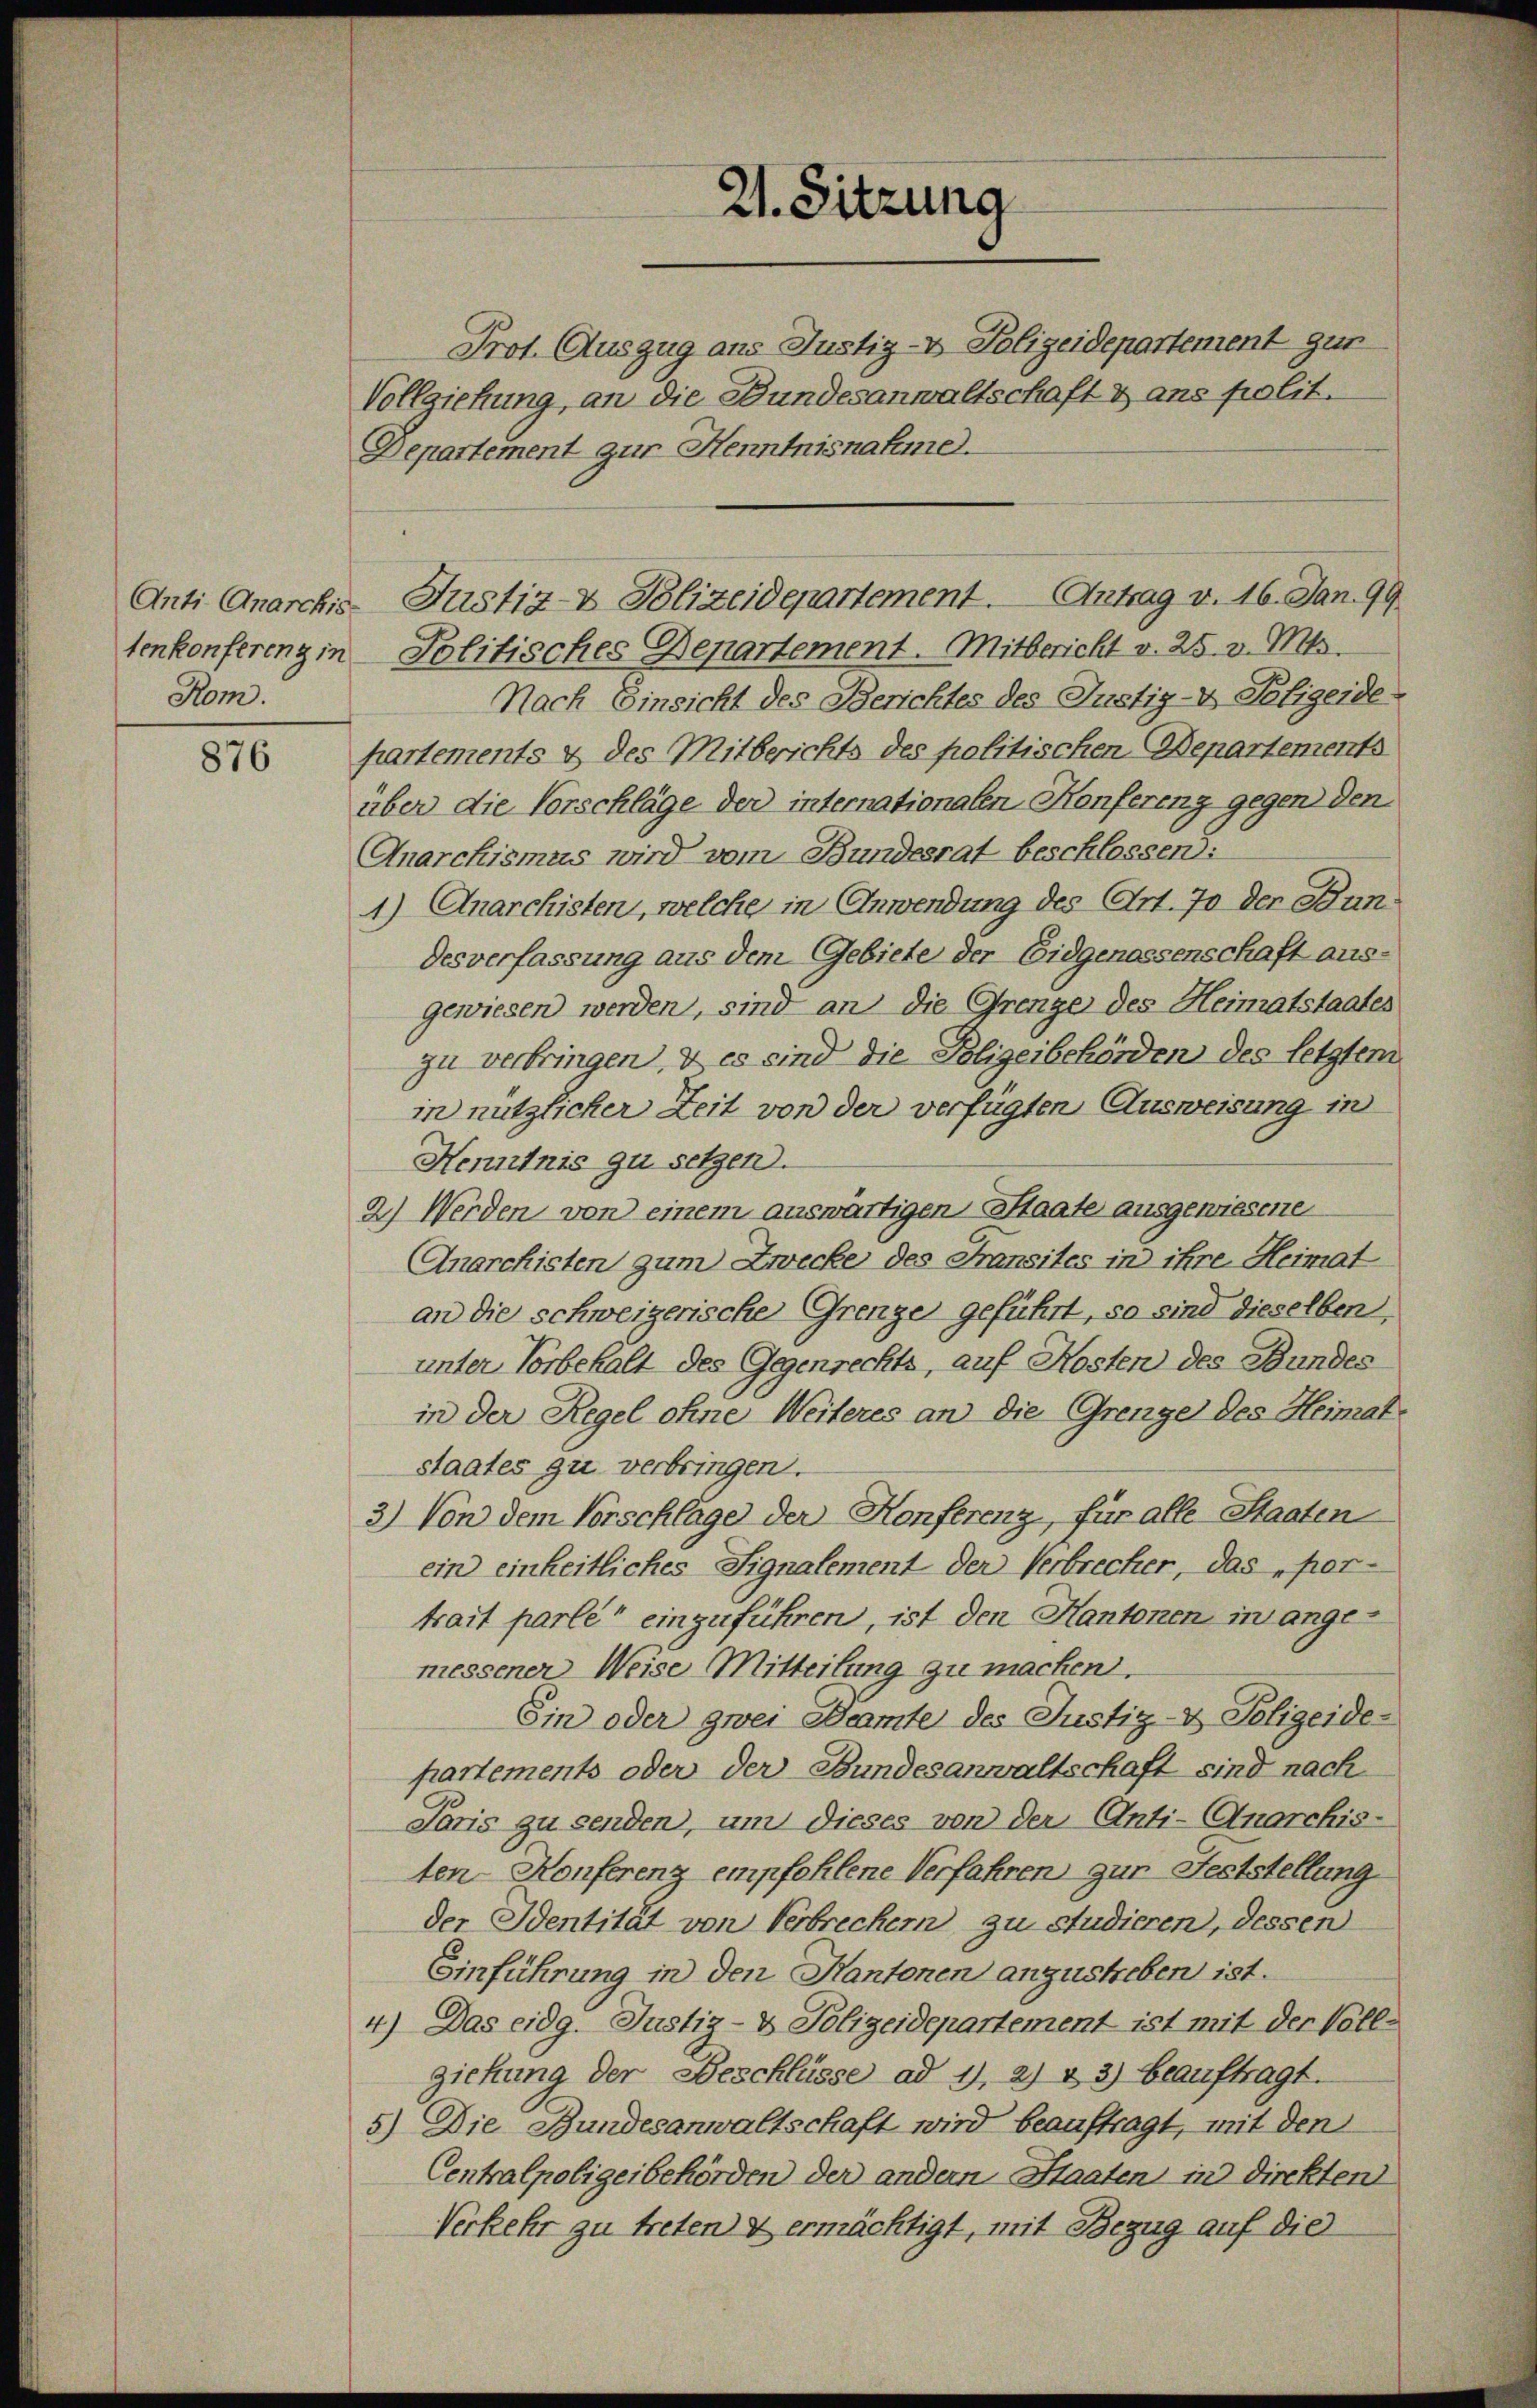
876

Rom.

21. Sitzung

Prot. Auszug aus Justiz- & Polizeidepartement gut
Vollziehung, an die Bundesanwaltschaft & ans polit.
Departement zur Henntnisnahme.
tenkonferenz in Politisches Departement. Mitbericht v. 25. v. Mts.
Nach Einsicht des Berichtes des Justiz-V Sofigende
partements & des Mitberichts des politischen Departements
über die Vorschläge der internationalen Konfereng gegen den
Anarchismus wird vom Bundesrat beschlossen:
1) Anarchisten, welche in Anwendung des Art. 70 der Bundesverfassung aus dem Gebiete der Eidgenossenschaft ausgewiesen werden, sind an die Grenze des Heimatstaates
zu verbringen, & es sind die Polizeibehörden des letztem
in nützlicher Zeit von der verfügten Ausweisung in
Kenntnis zu setzen.
2) Werden von einem auswärtigen Staate ausgewiesene
Anarchisten zum Zwecke des Fransites in ihre Heimat
an die schweizerische Grenze geführt, so sind dieselben,
unter Vorbehalt des Gegenrechts, auf Kosten des Bundes
in der Regel ohne Weiteres an die Grenge des Heimat-
staates zu verbringen.
3.) Von dem Vorschlage der Konferenz, für alle Staaten
ein einheitliches Signalement der Verbrecher, das „per-
trait parlé“ einzuführen, ist den Kantonen in angemessener Weise Mitteilung zu machen.
Ein oder zwei Beamte des Justiz- & Polizeide-
partements oder der Bundesanwaltschaft sind nach
Paris zu senden, um dieses von der Anti-Anarchis-
ten Konferenz empfehlene Verfahren zur Feststellung
der Identität von Verbrechern zu studieren, dessen
Einführung in den Kantonen anzustreben ist.
4) Das eidg. Justiz- & Polizeidepartement ist mit der Vollgickung der Beschlüsse ad 1), 2) & 3) beauftragt.
5) Die Bundesanwaltschaft wird beauftragt, mit den
Centralpolizeibehörden der andern Staaten in Direkten
Verkehr zu treten & ermächtigt, mit Bezug auf die

Anti Anarchis Justiz- & Polizeidepartement. Antrag v. 16. Jan. 99